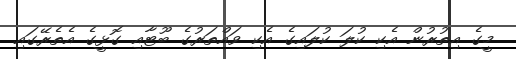
މީގެ އިތުރުން އެކި ކުލަ ކުލައިގެ އެކި ވައްތަރުގެ ބޫޓާއި ގޮޅީގެ އެތެރޭގައި